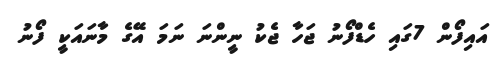
އައިފޯން 7ގައި ހެޑްފޯނު ޖަހާ ޖެކު ނީންނަ ނަމަ އޭގެ މާނައަކީ ފޯނު